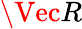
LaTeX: \Vec{R}